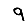
Digit: 9